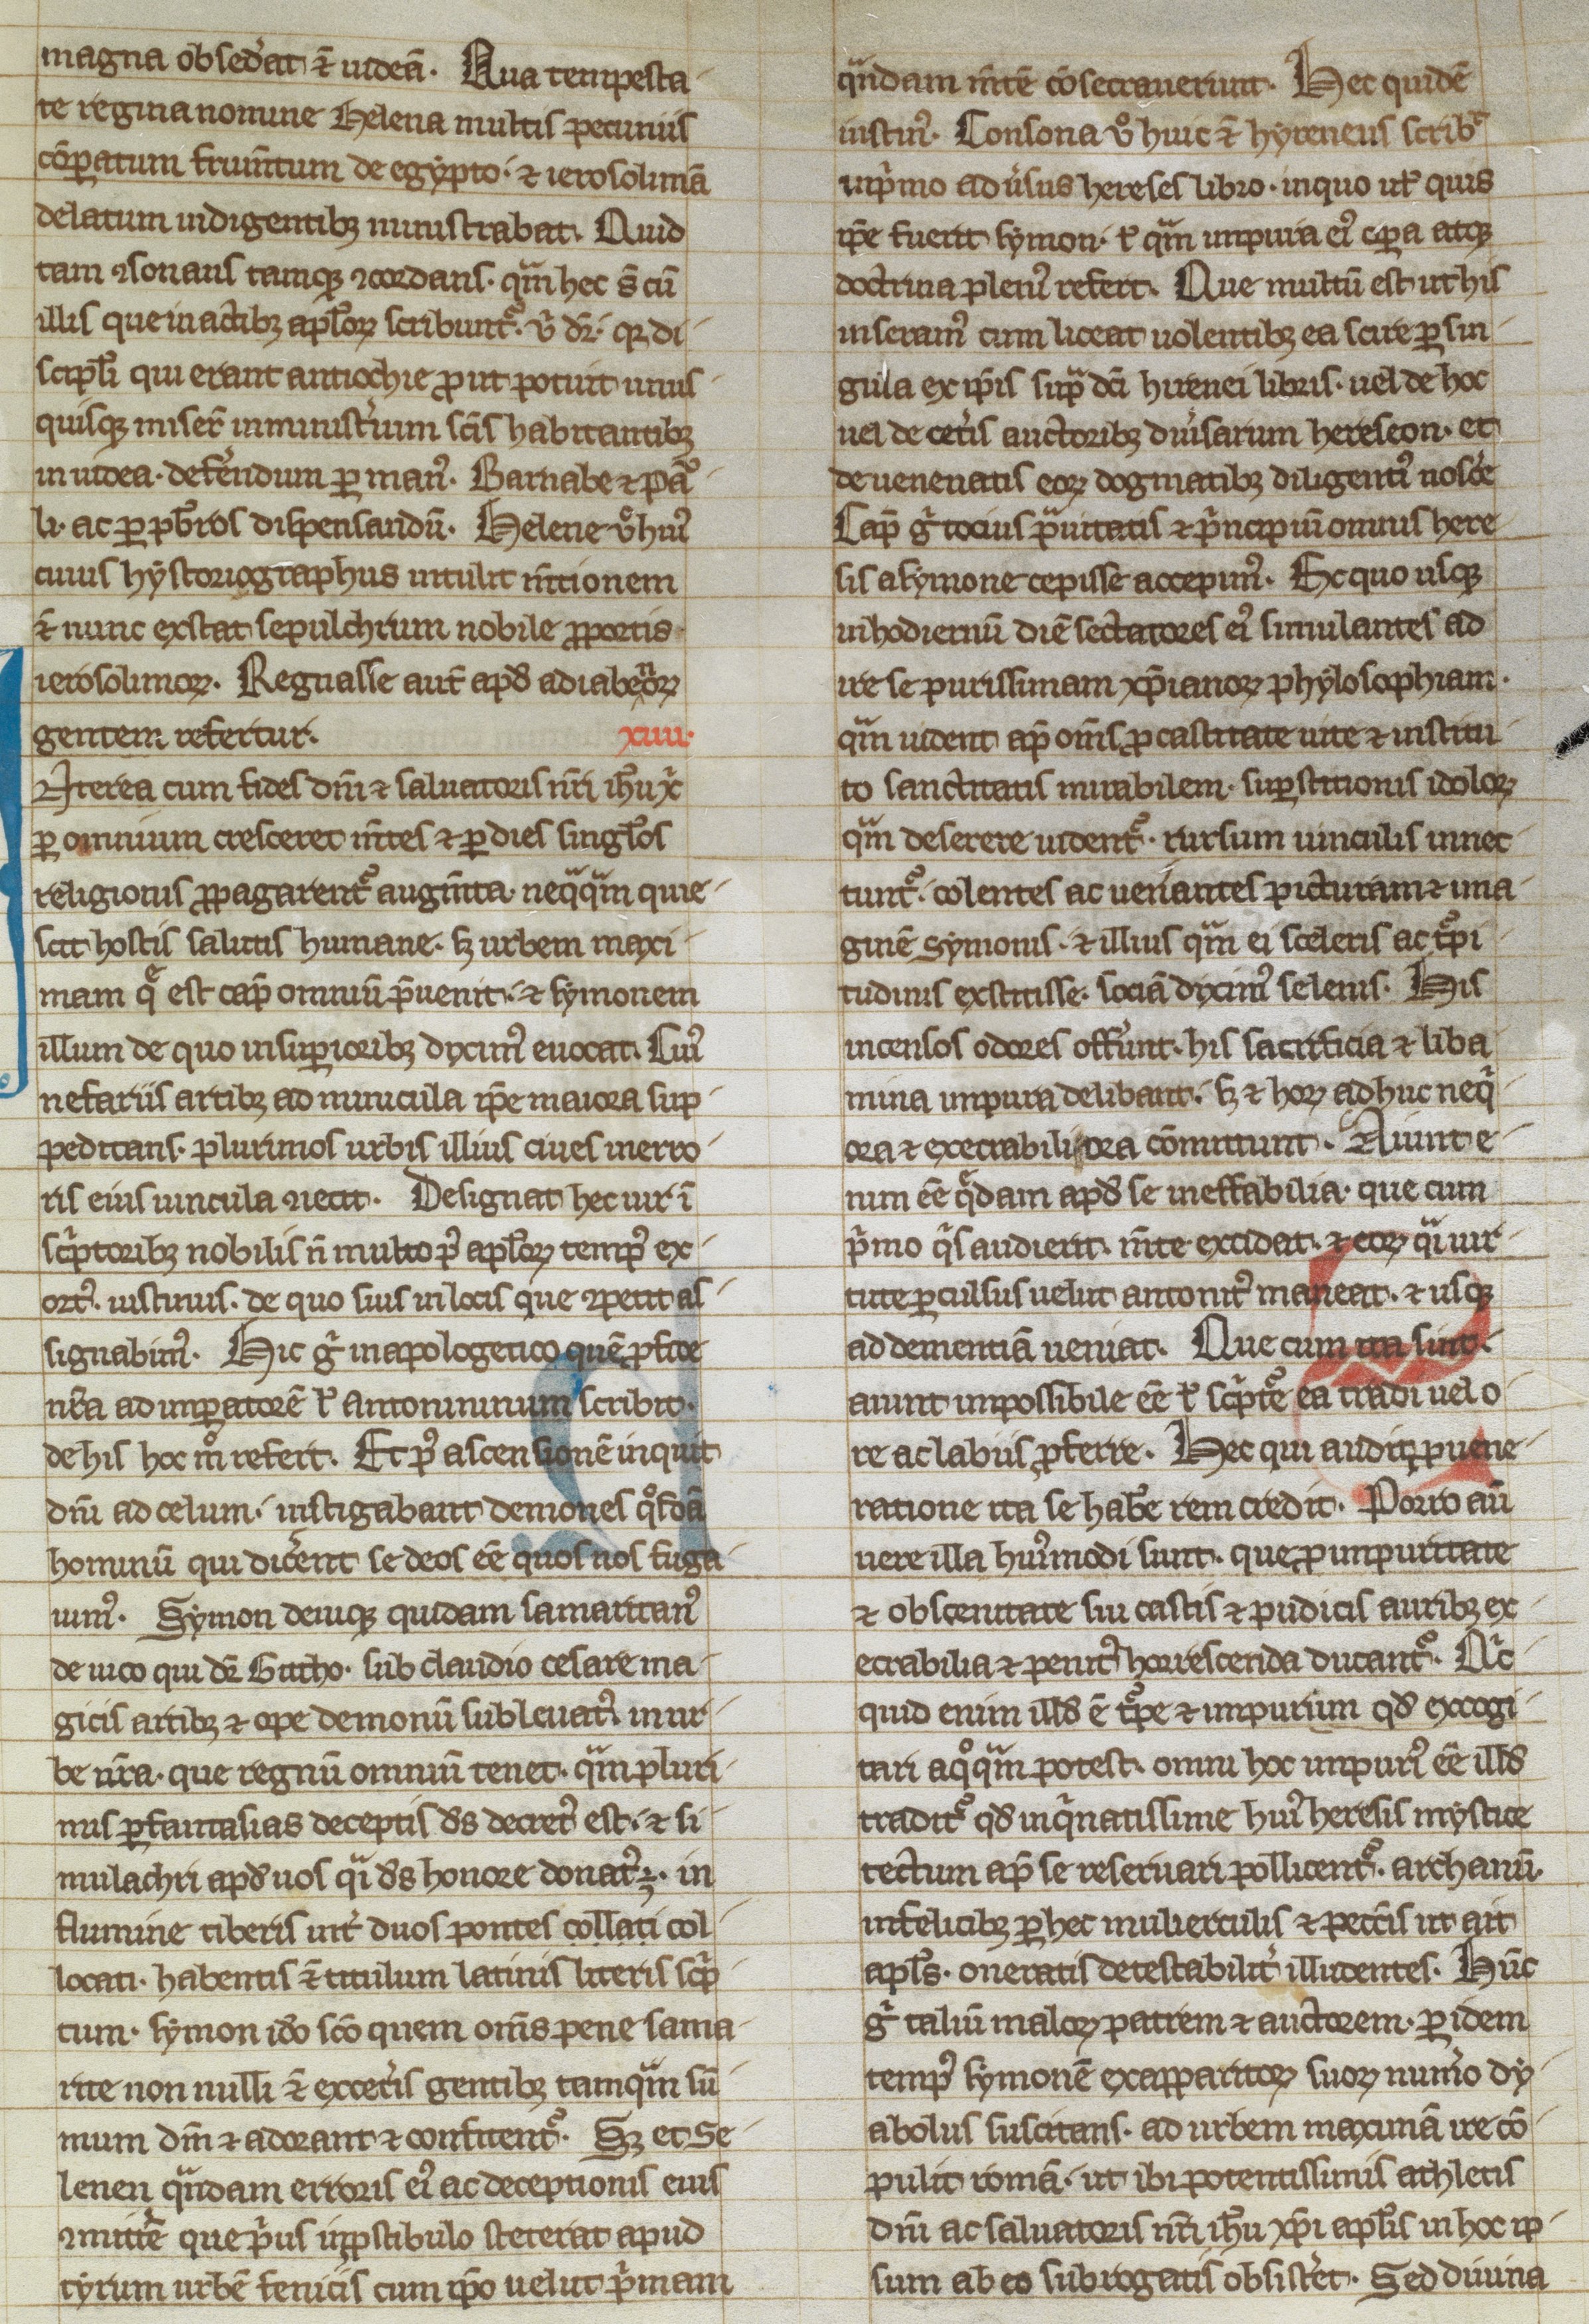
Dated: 1250–1299